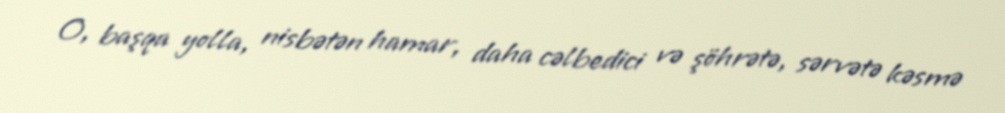
O, başqa yolla, nisbətən hamar, daha cəlbedici və şöhrətə, sərvətə kəsmə